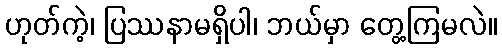
ဟုတ်ကဲ့၊ ပြဿနာမရှိပါ၊ ဘယ်မှာ တွေ့ကြမလဲ။